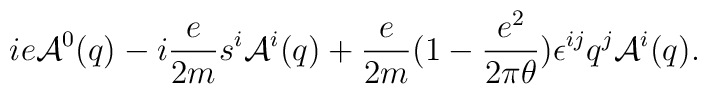
i e {\cal A}^0(q) - i \frac {e}{2m}  {s^i} {\cal A}^i(q) + \frac{e}{2m} (1-\frac{e^2}{2 \pi \theta}) \epsilon^{ij}q^j {\cal A}^i(q).